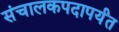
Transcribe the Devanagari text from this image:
संचालकपदापर्यंत